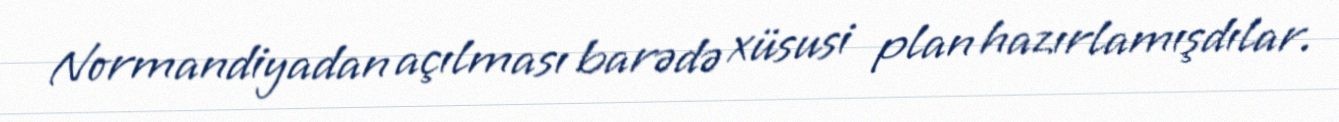
Normandiyadan açılması barədə xüsusi plan hazırlamışdılar.